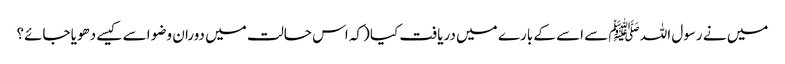
میں نے رسول اللہ ﷺ سے اسے کے بارے میں دریافت کیا (کہ اس حالت میں دوران وضو اسے کیسے دھویا جائے؟